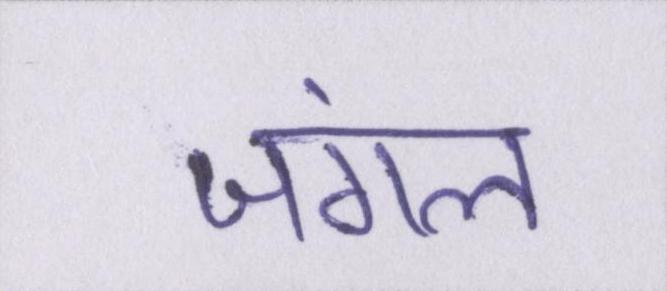
जंगल